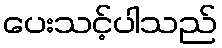
ပေးသင့်ပါသည်